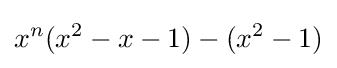
x^{n}(x^{2}-x-1)-(x^{2}-1)